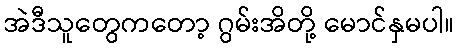
အဲဒီသူတွေကတော့ ဂွမ်းအိတို့ မောင်နှမပါ။